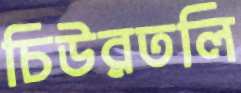
চিউরতলি